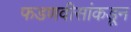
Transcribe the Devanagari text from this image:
फडणवीसांकडून